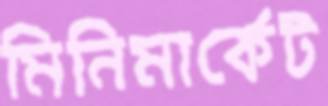
মিনিমার্কেট